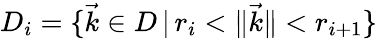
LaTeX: D_{i}=\{ \vec{k}\in D\, |\, r_{i}<\lVert\vec{k}\rVert<r_{i+1}\}